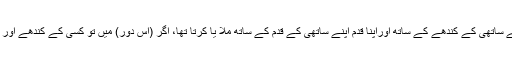
انس tکا یہ بھی قول ہے کہ میں نے اپنے ایک ساتھی یعنی (صحابی)کو دیکھا کہ وہ اپنا کندھا اپنے ساتھی کے کندھے کے ساتھ اوراپنا قدم اپنے ساتھی کے قدم کے ساتھ ملا یا کرتا تھا، اگر (اس دور) میں تو کسی کے کندھے اور قدم کے ساتھ اپنا کندھا اور قدم ملانے لگے تو تو اسے سرکش خچر کی طرح بدکتا ہوا دیکھے گا۔